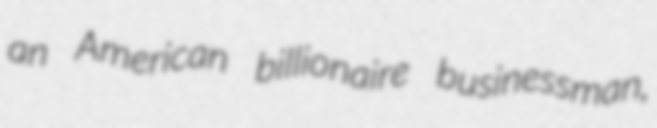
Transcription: an American billionaire businessman,